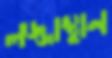
লজ্জাস্থান